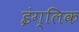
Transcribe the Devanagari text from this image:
इंग्लिक